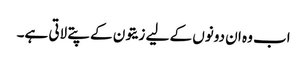
اب وہ ان دونوں کے لیے زیتون کے پتے لاتی ہے۔